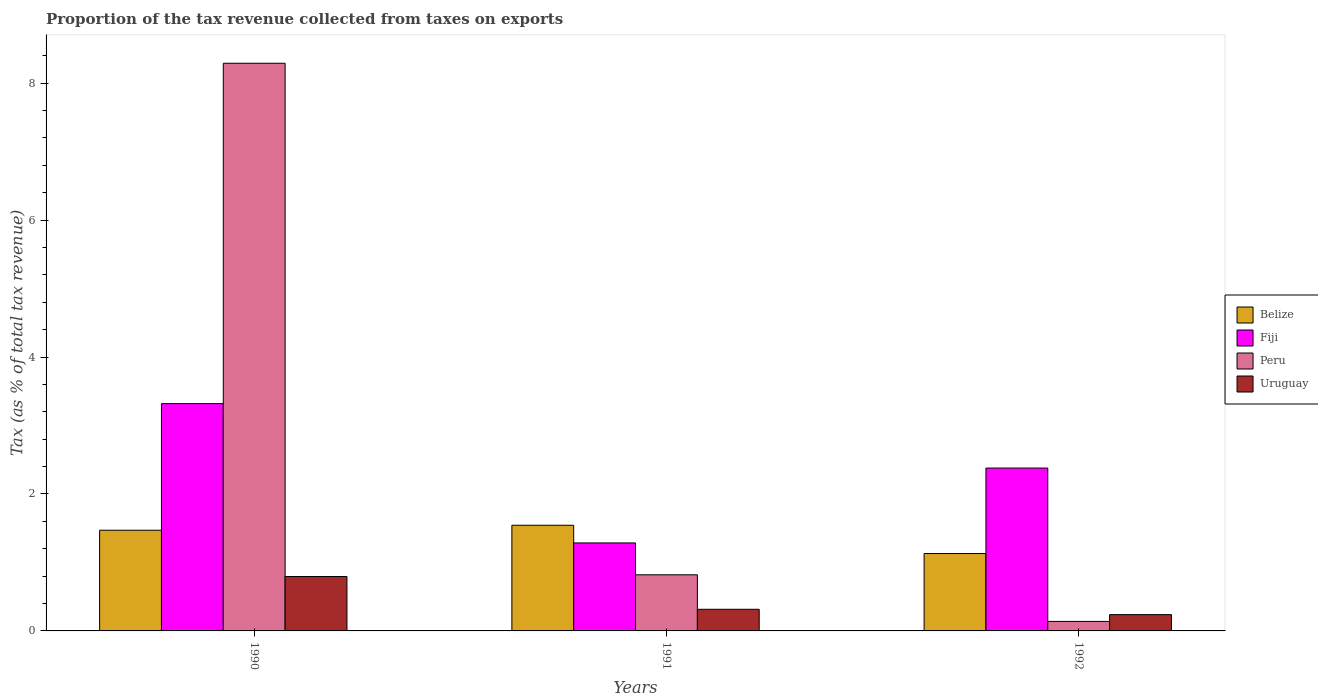
| Years | Belize | Fiji | Peru | Uruguay |
 | --- | --- | --- | --- | --- |
 | 1990 | 1.47 | 3.32 | 8.29 | 0.795 |
 | 1991 | 1.54 | 1.29 | 0.82 | 0.316 |
 | 1992 | 1.13 | 2.38 | 0.139 | 0.238 |